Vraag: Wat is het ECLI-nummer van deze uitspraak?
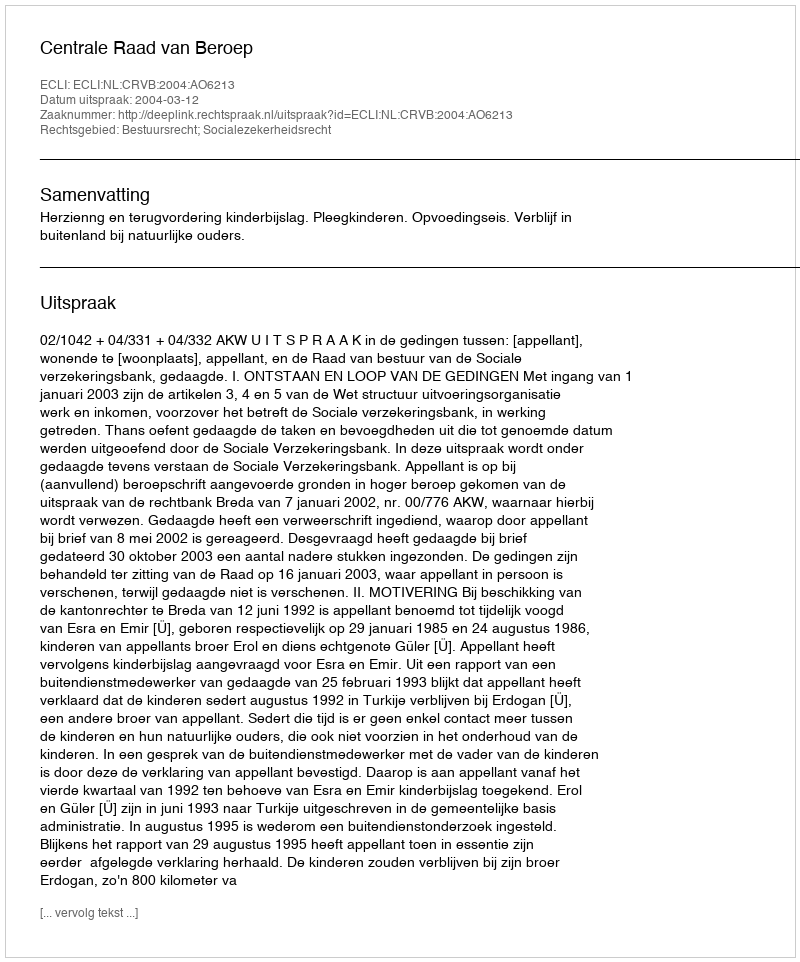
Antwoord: ECLI:NL:CRVB:2004:AO6213